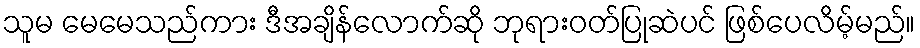
သူမ မေမေသည်ကား ဒီအချိန်လောက်ဆို ဘုရားဝတ်ပြုဆဲပင် ဖြစ်ပေလိမ့်မည်။